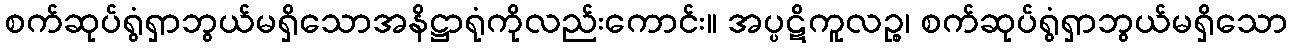
စက်ဆုပ်ရွံရှာဘွယ်မရှိသောအနိဋ္ဌာရုံကိုလည်းကောင်း။ အပ္ပဋိကူလဉ္စ၊ စက်ဆုပ်ရွံရှာဘွယ်မရှိသော